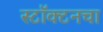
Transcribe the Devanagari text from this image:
स्टॉक्टनचा